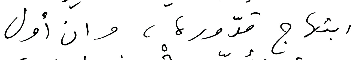
ابتهاج قدّوره، وان أول